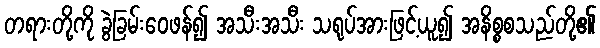
တရားတို့ကို ခွဲခြမ်းဝေဖန်၍ အသီးအသီး သရုပ်အားဖြင့်ယူ၍ အနိစ္စစသည်တို့၏